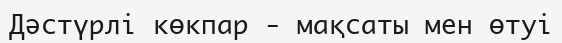
Дәстүрлі көкпар - мақсаты мен өтуі